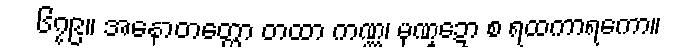
၆၇၉။ အနောတတ္တော တထာ ကဏ္ဏ၊ မုဏ္ဍော စ ရထကာရကော။